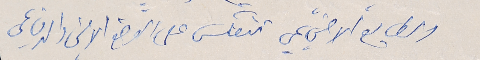
الطابع الاجتماعي تنعكس على الوضع الامني والدفاعي